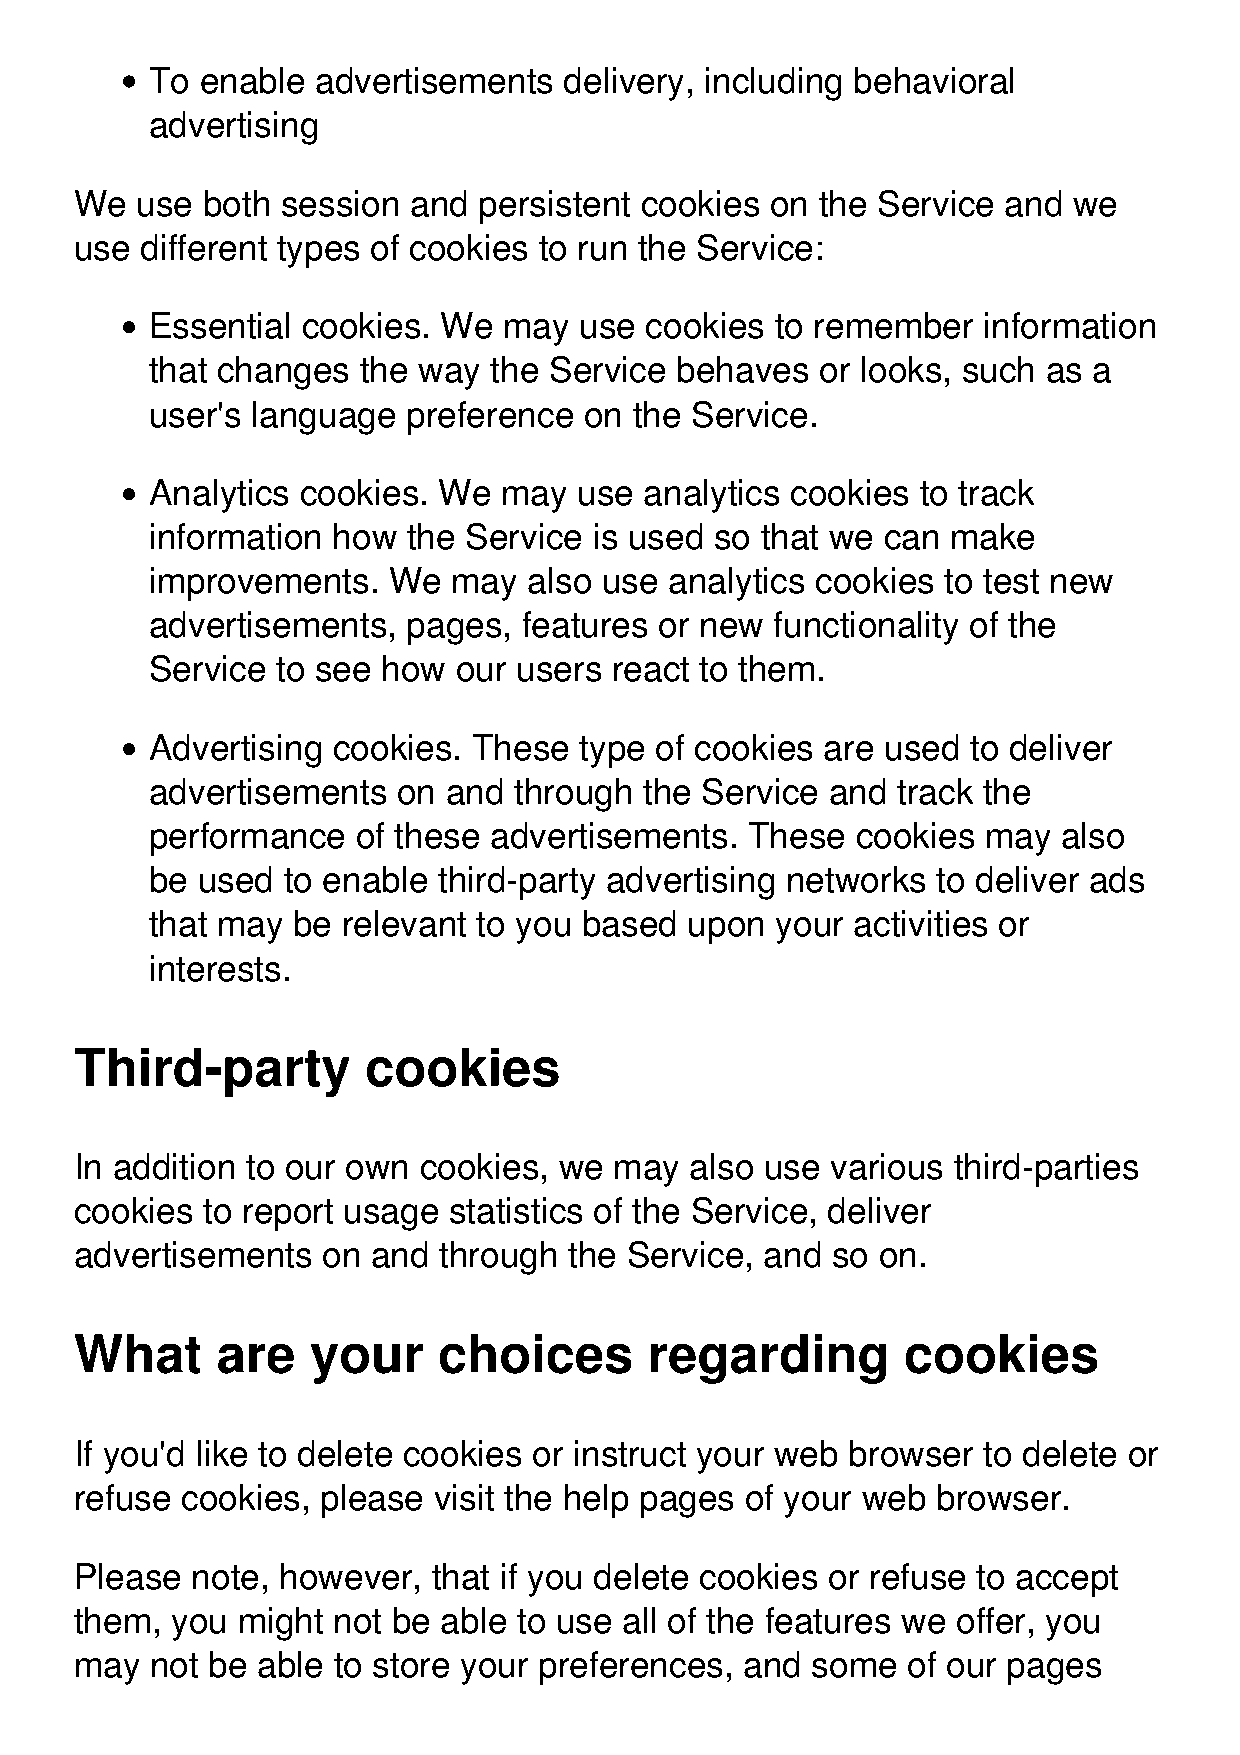
To enable  advertisements  delivery, including behavioral
 advertising
 We  use both  session and  persistent cookies on the Service and  we
 use different types of cookies to run the Service:
 Essential cookies. We  may  use  cookies to remember   information
 that changes  the way the Service  behaves  or looks, such as a
 user's language  preference  on the Service.
 Analytics cookies. We  may  use  analytics cookies to track
 information how  the Service is used so that we can  make
 improvements.   We  may  also use analytics cookies  to test new
 advertisements,  pages,  features or new functionality of the
 Service to see how  our users react to them.
 Advertising cookies. These  type of cookies  are used to deliver
 advertisements  on and  through  the Service and track the
 performance   of these advertisements. These   cookies may  also
 be used  to enable third-party advertising networks to deliver ads
 that may be  relevant to you based upon  your activities or
 interests.
 Third-party        cookies
 In addition to our own cookies, we  may  also use various third-parties
 cookies to report usage  statistics of the Service, deliver
 advertisements  on  and through  the Service, and so on.
 What     are    your    choices       regarding        cookies
 If you'd like to delete cookies or instruct your web browser to delete or
 refuse cookies, please  visit the help pages of your web browser.
 Please  note, however,  that if you delete cookies or refuse to accept
 them, you  might not be able to use all of the features we offer, you
 may  not be able to store your preferences, and  some  of our pages